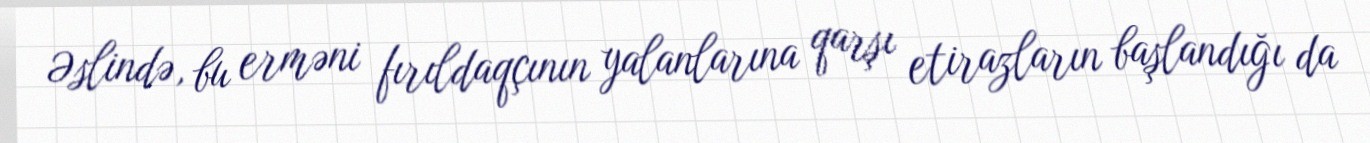
Əslində, bu erməni fırıldaqçının yalanlarına qarşı etirazların başlandığı da